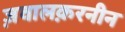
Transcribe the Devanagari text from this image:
ज़वालक़रनीन